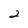
Character: 2